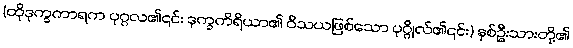
(ထိုဒုက္ခကာရက ပုဂ္ဂလ၏၎င်း ဒုက္ခကိရိယာ၏ ဝိသယဖြစ်သော ပုဂ္ဂိုလ်၏၎င်း) နှစ်ဦးသားတို့၏